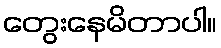
တွေးနေမိတာပါ။